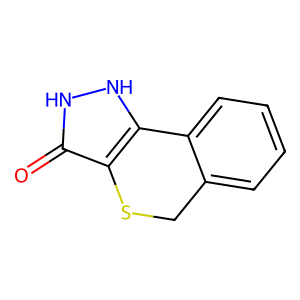
SMILES: O=c1[nH][nH]c2c1SCc1ccccc1-2
Inhibits HIV replication: No